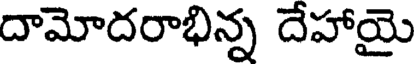
దామోదరాభిన్న దేహాయై